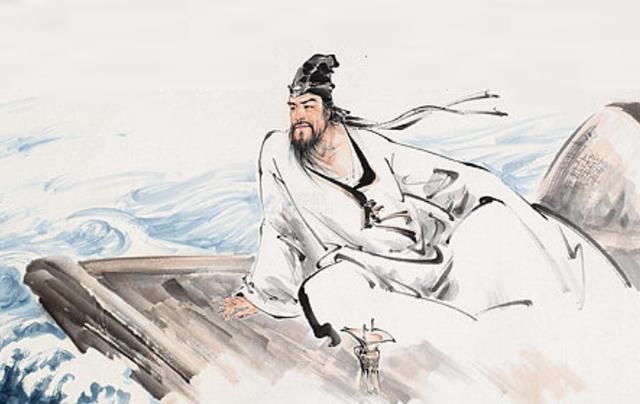
参横斗转欲三更，苦雨终风也解晴。